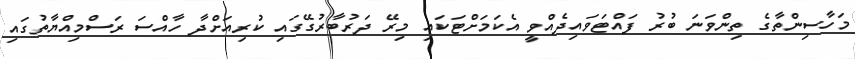
މަހާސިންތާގެ ތިންވަނަ ބުރު ފައްޓަވައިދެއްވީ އެކަމަށްޓަކައި މިރޭ ދަރުބާރުގޭގައި ކުރިއަށްދާ ހާއްސަ ރަސްމިއްޔާތުގައި